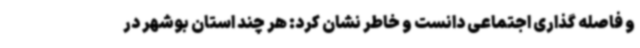
و فاصله گذاری اجتماعی دانست و خاطر نشان کرد: هر چند استان بوشهر در